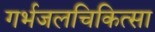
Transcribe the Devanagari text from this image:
गर्भजलचिकित्सा